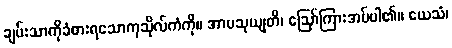
ချမ်းသာကိုခံစားရသောကုသိုလ်ကံကို။ အာမသုယျတိ၊ ဩော်ကြားအပ်ပါ၏။ ယေသံ၊